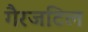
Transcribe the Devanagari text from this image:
गैरजटिल